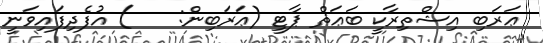
ޢަރަބި އިޝްތިރާކީ ބަޢަޘް ޕާޓީ (ޢަރަބިން:    ) އުފެދިފައިވަނީ